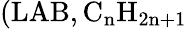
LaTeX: (\mathrm{LAB,C_{n}H_{2n+1}}